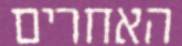
האחרים